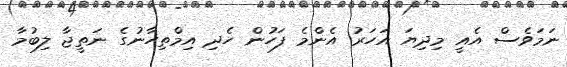
ނަމަވެސް އެއީ މިދިޔަ އަހަރު އެންމެ ފަހުން ހެދި އިމްތިހާނުގެ ނަތީޖާ ލިބުމާ